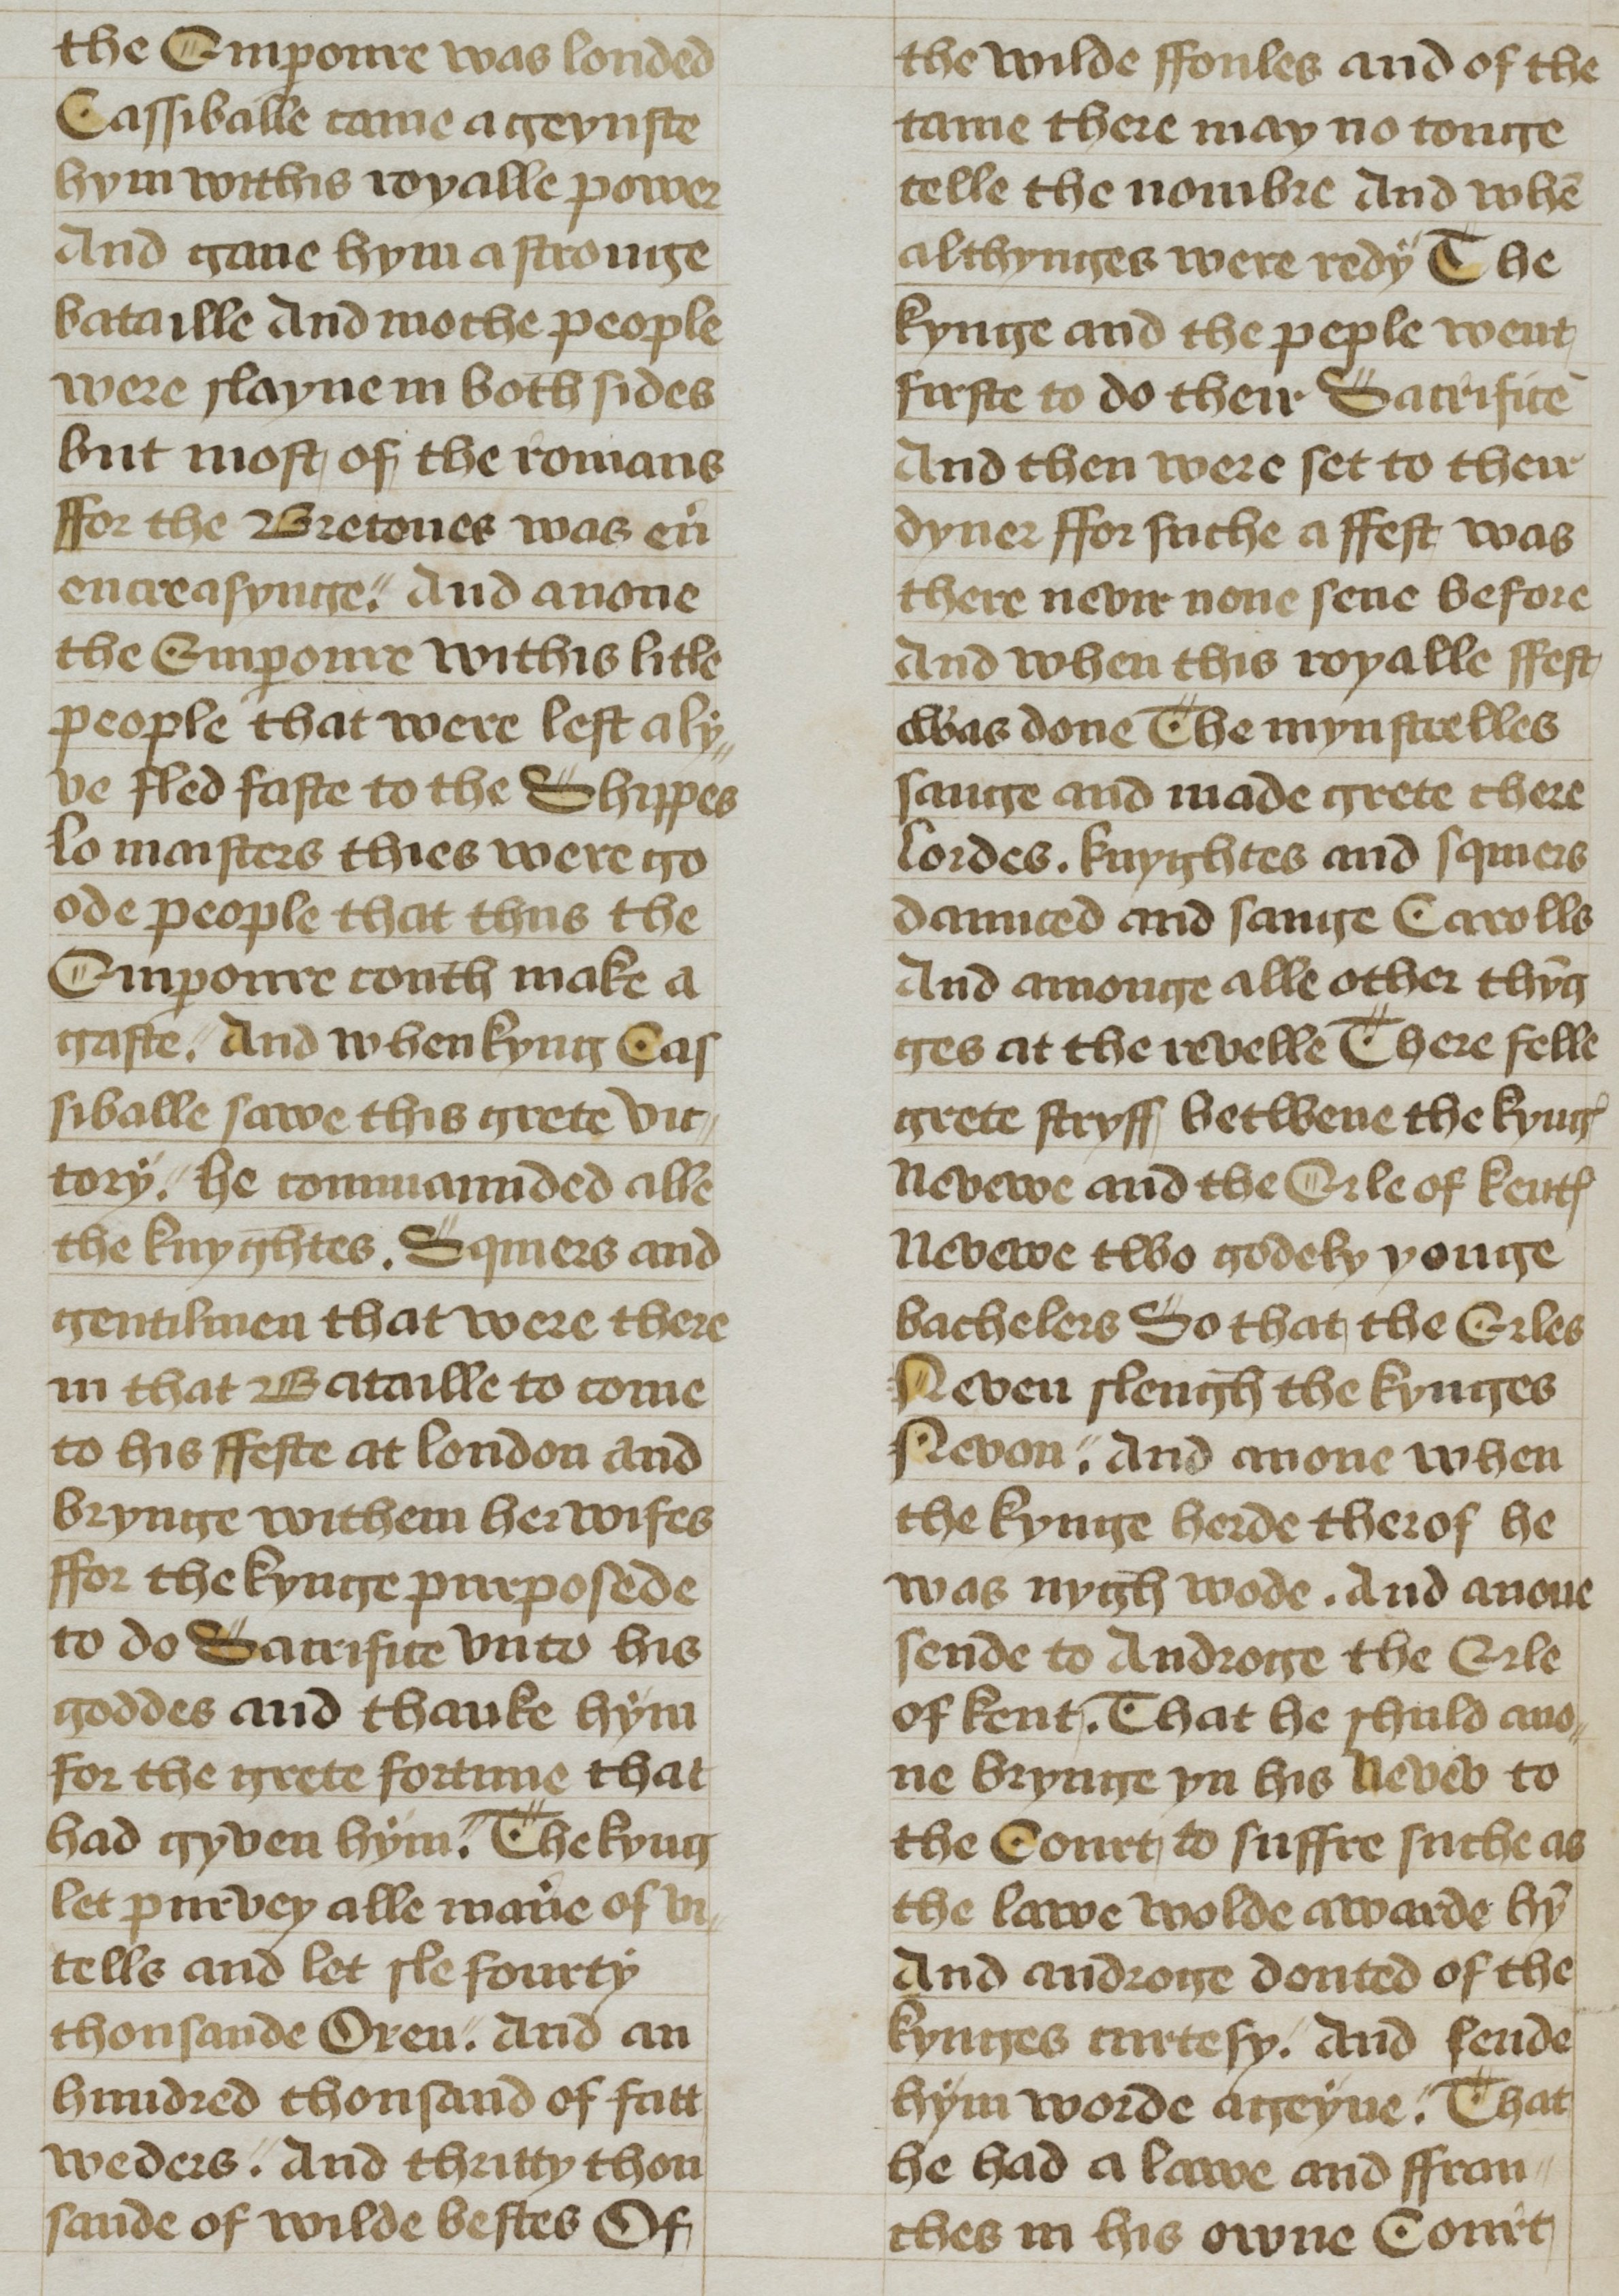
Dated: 1400–1499